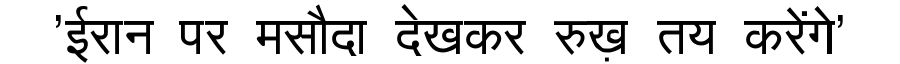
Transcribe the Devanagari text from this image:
'ईरान पर मसौदा देखकर रुख़ तय करेंगे'